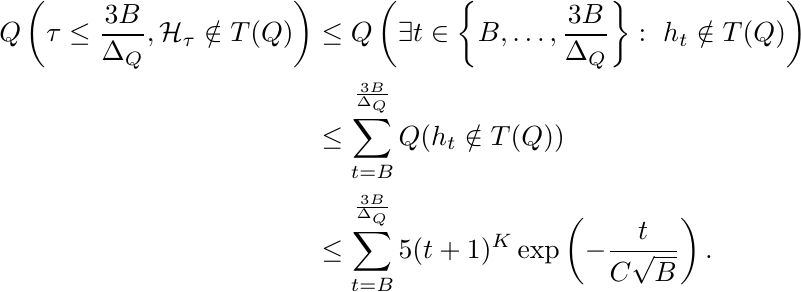
\begin{align*}
    Q\left(\tau \leq \frac{3B}{\Delta_Q}, \mathcal{H}_{\tau}\notin T(Q)\right) &\leq Q\left(\exists t\in \left\{B, \dots, \frac{3B}{\Delta_Q}\right\}: \ h_t\notin T(Q)\right) \\
    &\leq \sum_{t=B}^{\frac{3B}{\Delta_Q}} Q(h_t\notin T(Q)) \\
    &\leq \sum_{t=B}^{\frac{3B}{\Delta_Q}} 5(t+1)^K \exp\left(-\frac{t}{C\sqrt{B}}\right).
\end{align*}